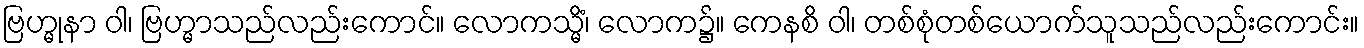
ဗြဟ္မုနာ ဝါ၊ ဗြဟ္မာသည်လည်းကောင်။ လောကသ္မိံ၊ လောက၌။ ကေနစိ ဝါ၊ တစ်စုံတစ်ယောက်သူသည်လည်းကောင်း။